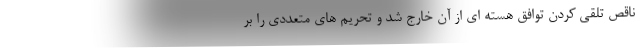
ناقص تلقی کردن توافق هسته ای از آن خارج شد و تحریم های متعددی را بر